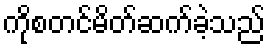
ကိုစတင်မိတ်ဆက်ခဲ့သည်